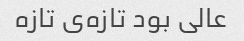
عالی بود تازه‌ی تازه